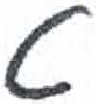
אות: ט